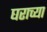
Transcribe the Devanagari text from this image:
घराच्‍या